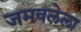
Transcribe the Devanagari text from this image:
जमवलेला